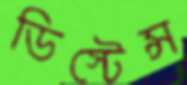
ডিস্টেন্স